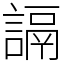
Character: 䛿